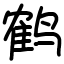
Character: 鹤